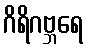
ဂိရိဂဗ္ဘရေ